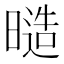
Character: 𭧙